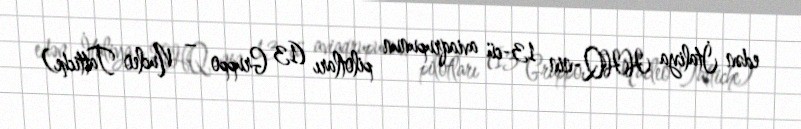
edən İtaliya HHQ-nin 13-cü aviaqrupunun pilotları (13 Gruppo − Nucleo Tattiche)